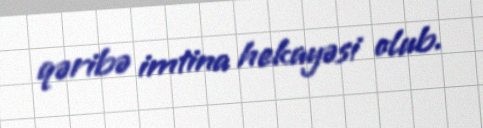
qəribə imtina hekayəsi olub.